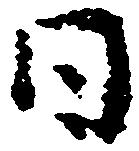
日